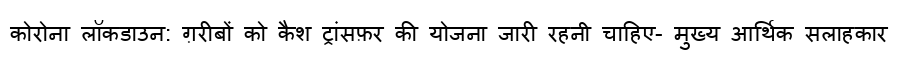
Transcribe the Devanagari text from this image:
कोरोना लॉकडाउन: ग़रीबों को कैश ट्रांसफ़र की योजना जारी रहनी चाहिए- मुख्य आर्थिक सलाहकार